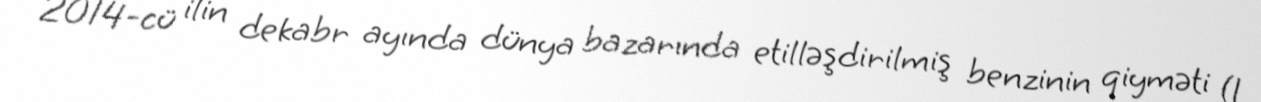
2014-cü ilin dekabr ayında dünya bazarında etilləşdirilmiş benzinin qiyməti (1